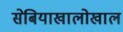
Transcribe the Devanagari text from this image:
सेबियाखालोखाल